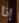
إذا